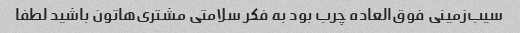
سیب‌زمینی فوق‌العاده چرب بود به فکر سلامتی مشتری‌هاتون باشید لطفا